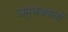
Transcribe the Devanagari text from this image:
अनुभवकर्ता